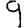
Digit: 9